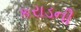
કરાડની